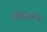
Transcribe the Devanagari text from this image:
ब्रैंडस्मिथ